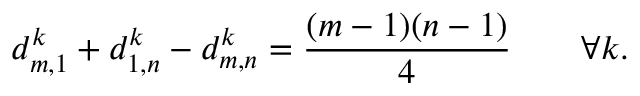
d _ { m , 1 } ^ { k } + d _ { 1 , n } ^ { k } - d _ { m , n } ^ { k } = \frac { ( m - 1 ) ( n - 1 ) } { 4 } \qquad \forall k .